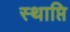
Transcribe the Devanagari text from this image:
स्थाप्ति